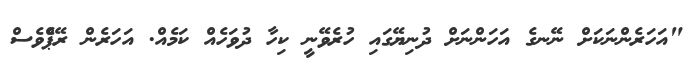
"އަހަރެންނަކަށް ނޭނގެ އަހަންނަށް ދުނިޔޭގައި ހުރެވޭނީ ކިހާ ދުވަހެއް ކަމެއް. އަހަރެން ރޭޕްެވެސް